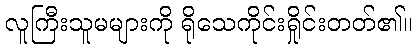
လူကြီးသူမများကို ရိုသေကိုင်းရှိုင်းတတ်၏။